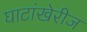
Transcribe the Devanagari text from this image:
घाटांखेरीज